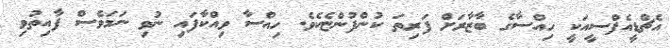
އެޗްޑީއެފްސީއަކީ ހިއްސާގެ ބާޒާރަށް ފަރިތަ ކުންފުންޏެކެވެ. ހިއްސާ ވިއްކާފައި ނުވި ނަމަވެސް ފާއިތުވި